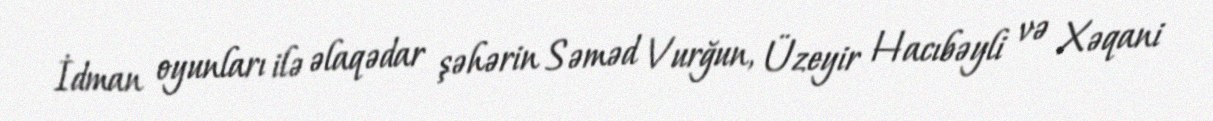
İdman oyunları ilə əlaqədar şəhərin Səməd Vurğun, Üzeyir Hacıbəyli və Xəqani